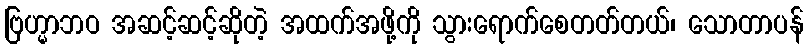
ဗြဟ္မာဘဝ အဆင့်ဆင့်ဆိုတဲ့ အထက်အဖို့ကို သွားရောက်စေတတ်တယ်၊ သောတာပန်